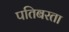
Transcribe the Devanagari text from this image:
पतिबरता